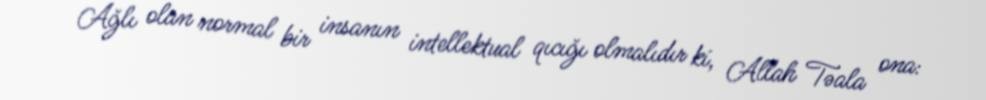
Ağlı olan normal bir insanın intellektual qıcığı olmalıdır ki, Allah Təala ona: